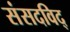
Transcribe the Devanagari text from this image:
संसदविद्‌